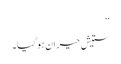
‘‘
ستیش حیران ہو گیا۔